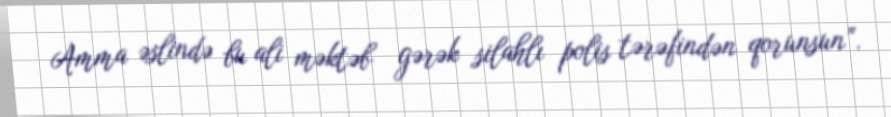
Amma əslində bu ali məktəb gərək silahlı polis tərəfindən qorunsun”.